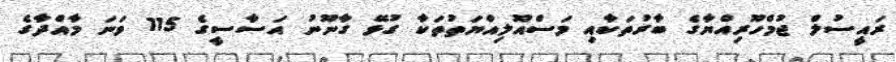
ރައީސުލް ޖުމްހޫރިއްޔާގެ ބާރުތަކާއި މަސްއޫލިއްޔަތުތަކާ ގުޅޭ ގާނޫނު އަސާސީގެ 115 ވަނަ މާއްދާގެ